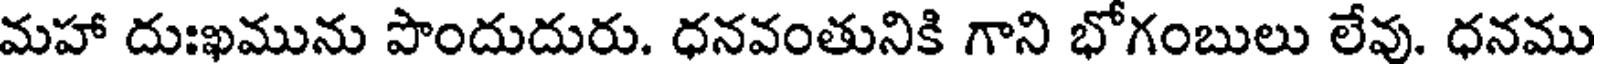
మహా దుఃఖమును పొందుదురు. ధనవంతునికి గాని భోగంబులు లేవు. ధనము